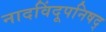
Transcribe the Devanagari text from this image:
नादविंदूपनिषद्